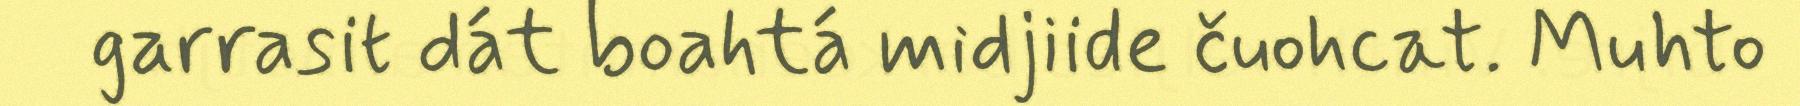
garrasit dát boahtá midjiide čuohcat. Muhto